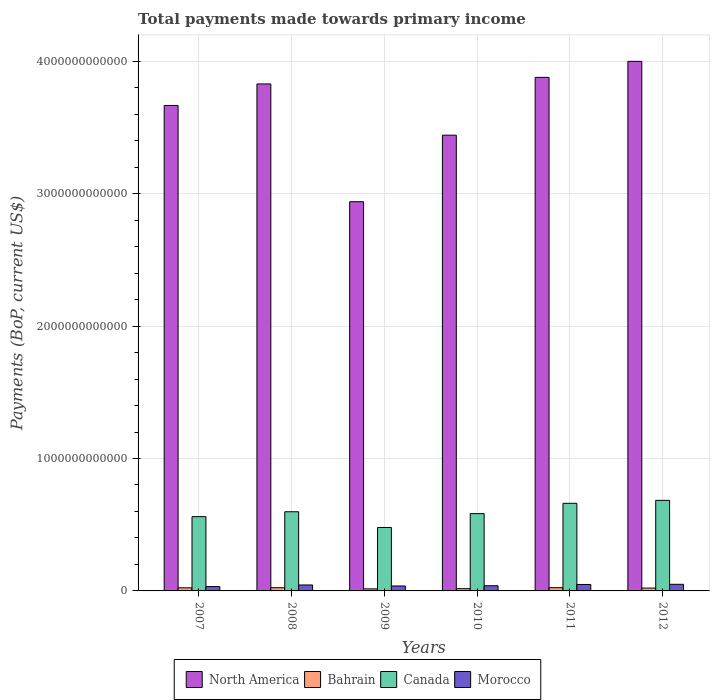
| Years | North America | Bahrain | Canada | Morocco |
 | --- | --- | --- | --- | --- |
 | 2007 | 3.67e+12 | 2.33e+10 | 5.61e+11 | 3.27e+10 |
 | 2008 | 3.83e+12 | 2.43e+10 | 5.98e+11 | 4.49e+10 |
 | 2009 | 2.94e+12 | 1.54e+10 | 4.79e+11 | 3.73e+10 |
 | 2010 | 3.44e+12 | 1.69e+10 | 5.84e+11 | 3.91e+10 |
 | 2011 | 3.88e+12 | 2.45e+10 | 6.62e+11 | 4.88e+10 |
 | 2012 | 4e+12 | 2.16e+10 | 6.84e+11 | 4.99e+10 |